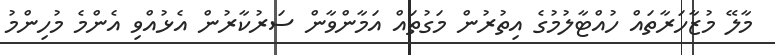
މާލޭ މުޒާހަރާތައް ހުއްޓާލުމުގެ އިތުރުން މަގުތައް އަމާންވާން ސަރުކާރުން އެޅުއްވި އެންމެ މުހިންމު